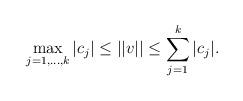
LaTeX: \begin{align*} \max_{j=1,\ldots,k} |c_j| \leq ||v|| \leq \sum_{j=1}^k |c_j|. \end{align*}